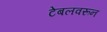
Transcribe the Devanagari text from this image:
टेबलवरून